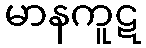
မာနကူဋ